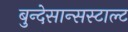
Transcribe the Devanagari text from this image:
बुन्देसान्सस्टाल्ट